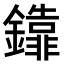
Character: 𨯕